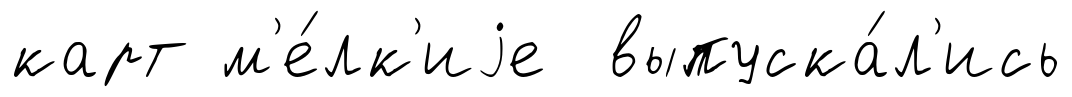
карт м'е́лк'иjе выпуска́л'ись